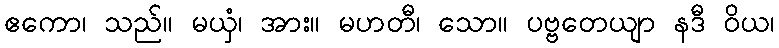
ဧကော၊ သည်။ မယှံ၊ အား။ မဟတီ၊ သော။ ပဗ္ဗတေယျာ နဒီ ဝိယ၊